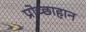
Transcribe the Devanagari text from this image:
प्रोच्छाहान